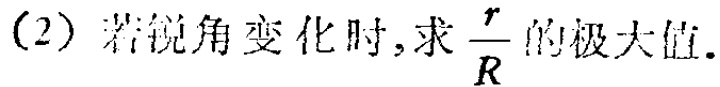
(2) 若锐角变化时,求$\frac{r}{R}$的极大值.